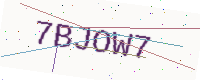
Text: 7BJOW7